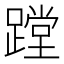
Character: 蹚